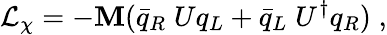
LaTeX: {\cal{L}}_{\chi}=-\mathbf{M}(\bar{{q}}_{R}\; Uq_{L}+\bar{{q}}_{L}\; U^{\dagger}q_{R})\; ,